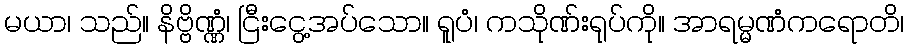
မယာ၊ သည်။ နိဗ္ဗိဏ္ဏံ၊ ငြီးငွေ့အပ်သော။ ရူပံ၊ ကသိုဏ်းရုပ်ကို။ အာရမ္မဏံကရောတိ၊